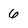
Character: 6